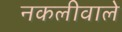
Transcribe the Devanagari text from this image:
नकलीवाले